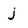
Character: j